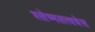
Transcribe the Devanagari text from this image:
श्लेष्मलत्वचेस